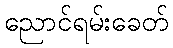
ညောင်ရမ်းခေတ်